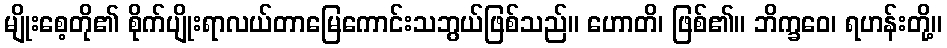
မျိုးစေ့တို၏ စိုက်ပျိုးရာလယ်တာမြေကောင်းသဘွယ်ဖြစ်သည်။ ဟောတိ၊ ဖြစ်၏။ ဘိက္ခဝေ၊ ရဟန်းတို့။